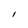
Character: I